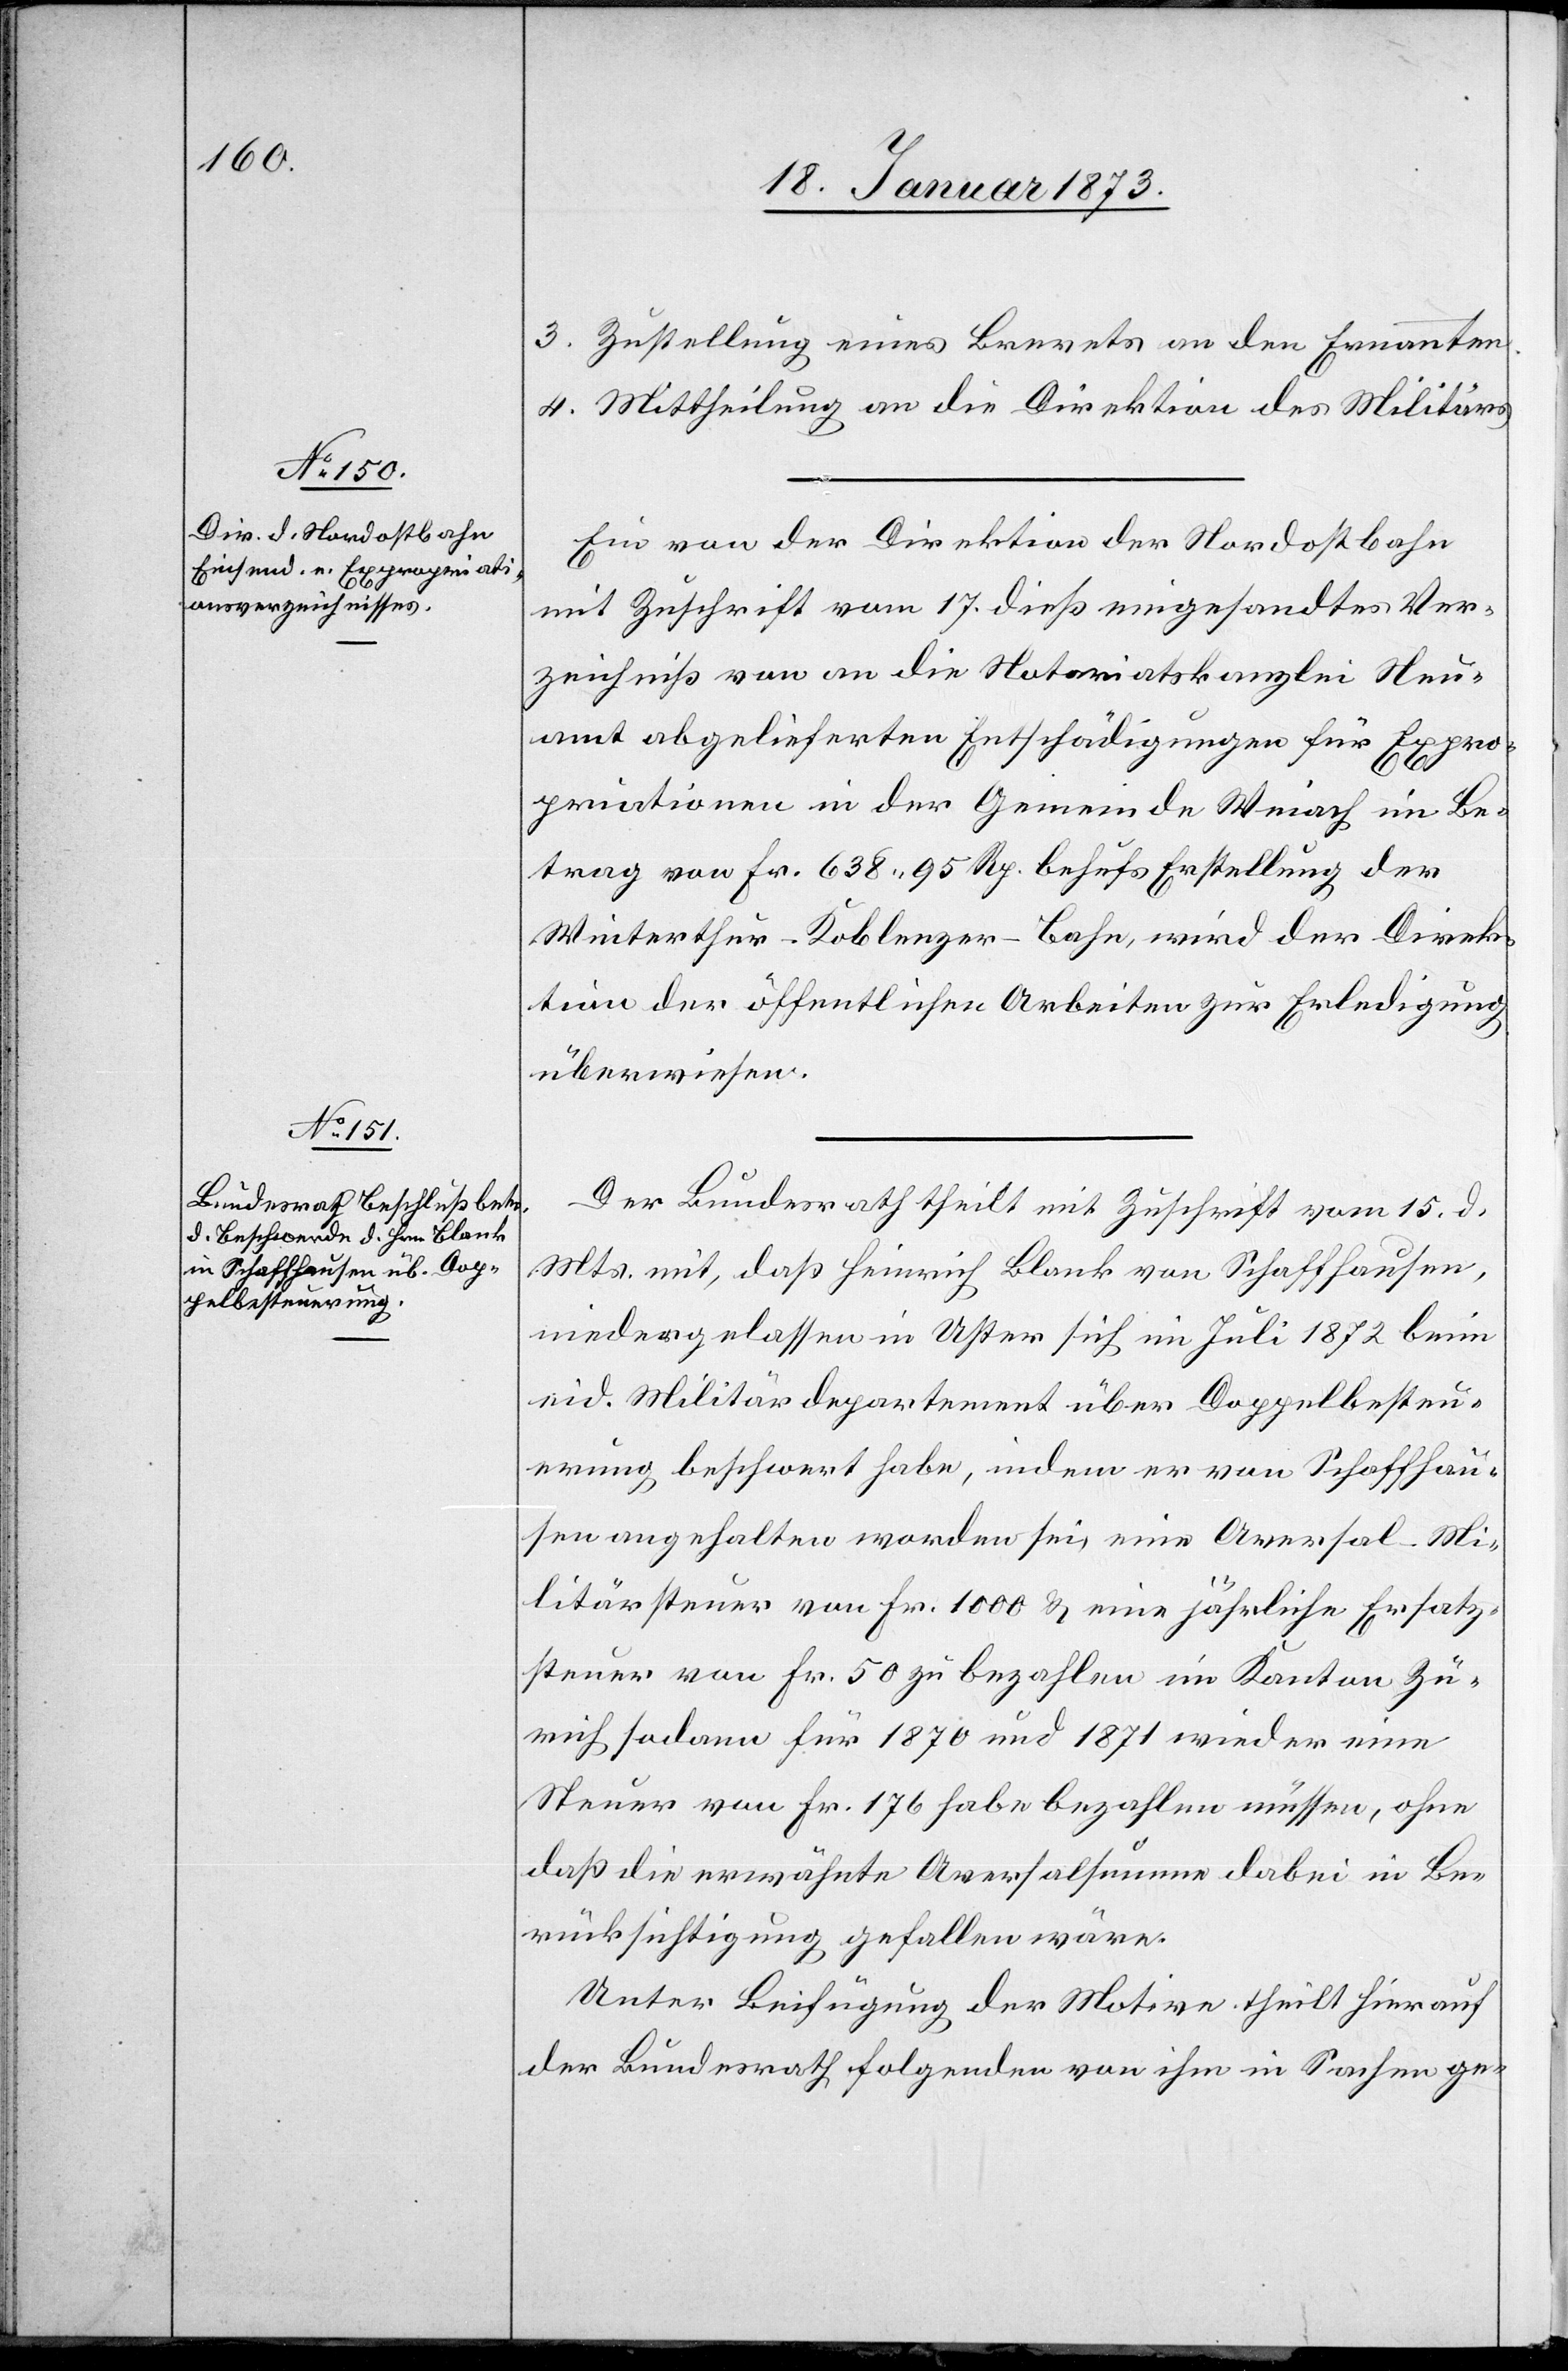
3. Zustellung eines Brevets an den Ernannten.
4. Mittheilung an die Direktion des Militärs.
Ein von der Direktion der Nordostbahn
mit Zuschrift vom 17. dieß eingesandtes Ver¬
zeichniß von an die Notariatskanzlei Neu¬
amt abgelieferten Entschädigungen für Expro¬
priationen in der Gemeinde Weiach im Be¬
trag von Fr. 638 95 Rp. behufs Erstellung der
Winterthur–Koblenzer-Bahn, wird der Direk¬
tion der öffentlichen Arbeiten zur Erledigung
überwiesen.
Der Bundesrath theilt mit Zuschrift vom 15. d.
Mts. mit, daß Heinrich Blank von Schaffhausen,
niedergelassen in Uster sich im Juli 1872 beim
eid. Militärdepartement über Doppelbesteu¬
erung beschwert habe, indem er von Schaffhau¬
sen angehalten worden sei, eine Aversal-Mi¬
litärsteuer von Fr. 1000 u. eine jährliche Ersatz¬
steuer von Fr. 50 zu bezahlen im Kanton Zü¬
rich sodann für 1870 und 1871 wieder eine
Steuer von Fr. 176 habe bezahlen müssen, ohne
daß die erwähnte Aversalsumme dabei in Be¬
rücksichtigung gefallen wäre.
Unter Beifügung der Motive theilt hierauf
der Bundesrath folgenden von ihm in Sachen ge-